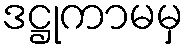
ဒဋ္ဌုကာမမှ